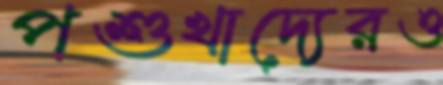
পশুখাদ্যেরও